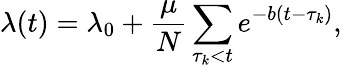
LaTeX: \lambda(t)=\lambda_{0}+\frac{\mu}{N}\sum_{\tau_{k}<t}e^{-b(t-\tau_{k})},